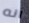
انه